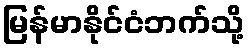
မြန်မာနိုင်ငံဘက်သို့